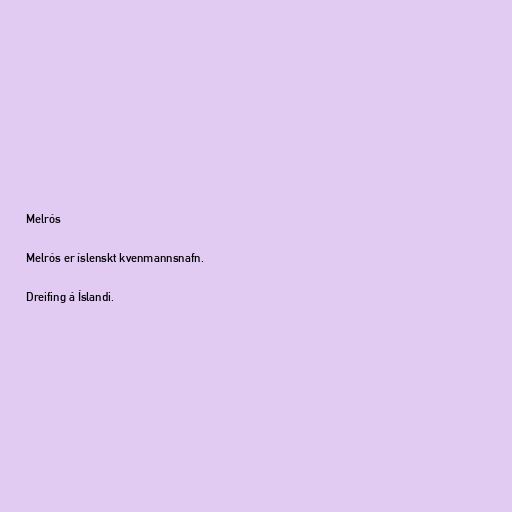
Melrós

Melrós er íslenskt kvenmannsnafn.

Dreifing á Íslandi.